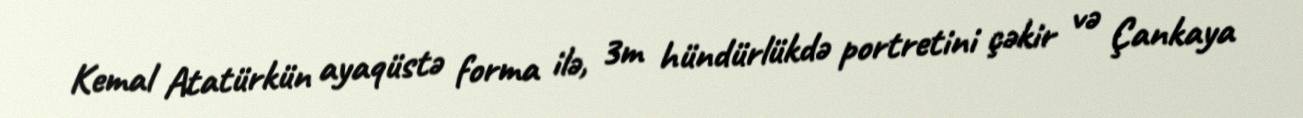
Kemal Atatürkün ayaqüstə forma ilə, 3m hündürlükdə portretini çəkir və Çankaya